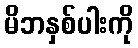
မိဘနှစ်ပါးကို